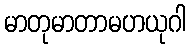
မာတုမာတာမဟယုဂါ